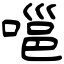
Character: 嗈